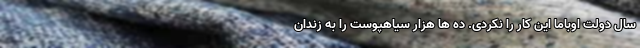
سال دولت اوباما این کار را نکردی. ده ها هزار سیاهپوست را به زندان